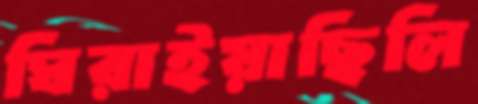
ঘিরাইয়াছিলি